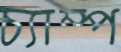
চ্যাম্প